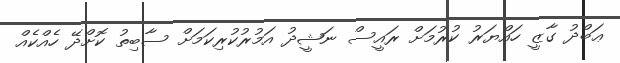
ޢަބްދު ގާޒީ ހައްޔަރު ކުރުމަށް ރައީސް ނަޝީދު އަމުރުކުރިކަމަށް ސާބިތު ކޮށްދޭ ހެއްކެއް